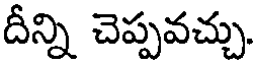
దీన్ని చెప్పవచ్చు.